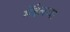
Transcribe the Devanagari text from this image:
मेंडेलच्या